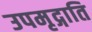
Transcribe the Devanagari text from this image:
उपमृद्गाति